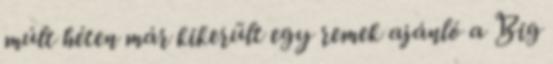
múlt héten már kikerült egy remek ajánló a Big